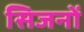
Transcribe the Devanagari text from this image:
सिजनों